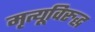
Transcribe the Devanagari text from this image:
मृत्यूविरुद्ध